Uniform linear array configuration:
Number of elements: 32
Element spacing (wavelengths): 0.5
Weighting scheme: blackman
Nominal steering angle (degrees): -45
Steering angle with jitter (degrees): -45.351
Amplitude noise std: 0.05
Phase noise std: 0.05

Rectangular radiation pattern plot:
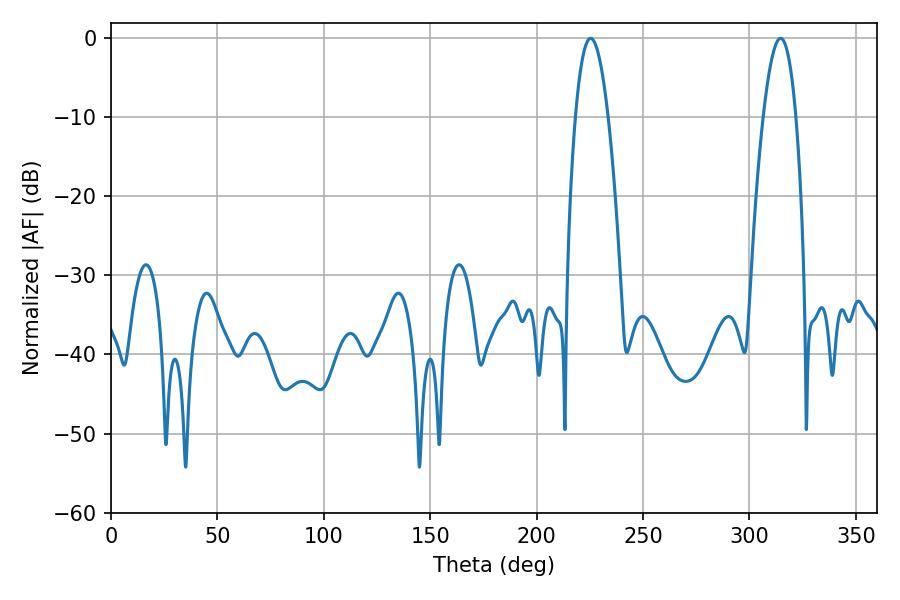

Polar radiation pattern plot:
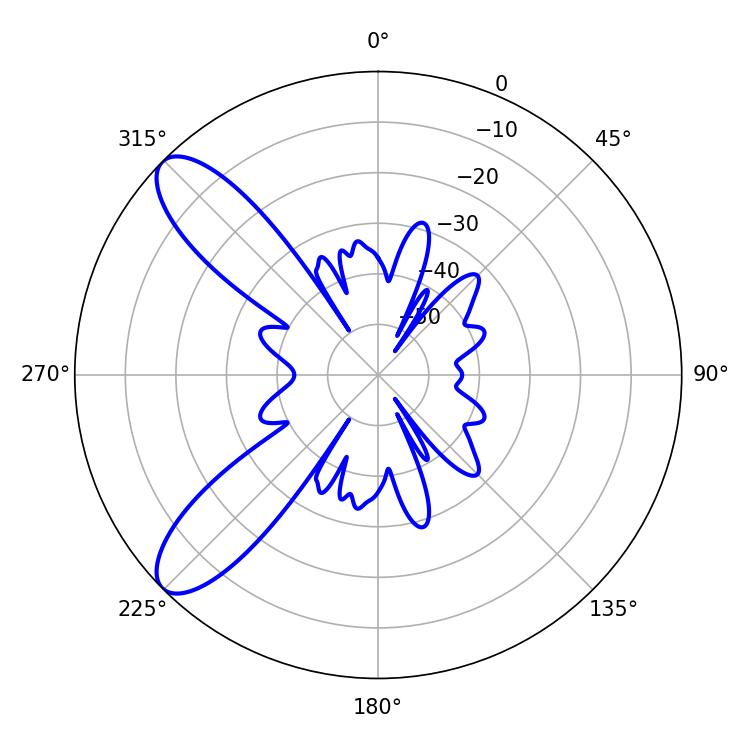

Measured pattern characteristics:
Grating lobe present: FALSE
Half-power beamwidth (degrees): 8.46
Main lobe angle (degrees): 225.36